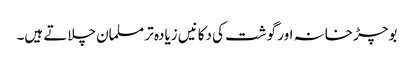
بوچڑ خانہ اور گوشت کی دکانیں زیادہ تر مسلمان چلاتے ہیں۔